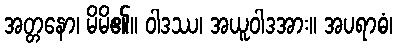
အတ္တနော၊ မိမိ၏။ ဝါဒဿ၊ အယူဝါဒအား။ အပရာဓံ၊